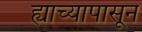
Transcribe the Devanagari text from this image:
ह्याच्यापासून